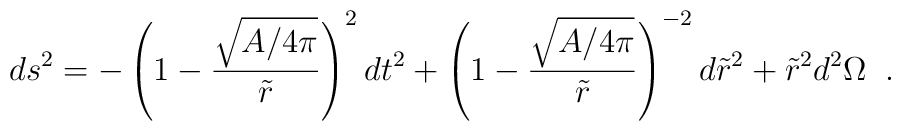
ds^2 =-  \left (1- {\sqrt  {A / 4 \pi }\over \tilde r}\right)^{2} dt^2 + \left (1- {\sqrt  {A / 4 \pi }\over \tilde r}\right)^{-2}  d\tilde r^2 + \tilde r^2 d^2 \Omega \;\;.